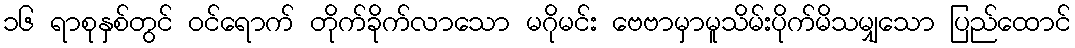
၁၆ ရာစုနှစ်တွင် ဝင်ရောက် တိုက်ခိုက်လာသော မဂိုမင်း ဗေဗာမှာမူသိမ်းပိုက်မိသမျှသော ပြည်ထောင်